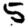
Digit: 5